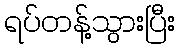
ရပ်တန့်သွားပြီး